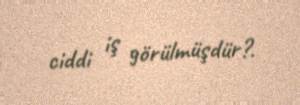
ciddi iş görülmüşdür?.